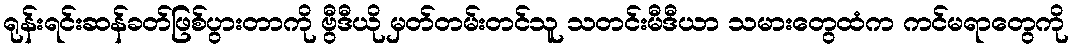
ရုန်းရင်းဆန်ခတ်ဖြစ်ပွားတာကို ဗွီဒီယို မှတ်တမ်းတင်သူ သတင်းမီဒီယာ သမားတွေထံက ကင်မရာတွေကို